Civil Veterinary Dept. Bombay admin report 1900-1906 - 1900-1906
Year: 1900
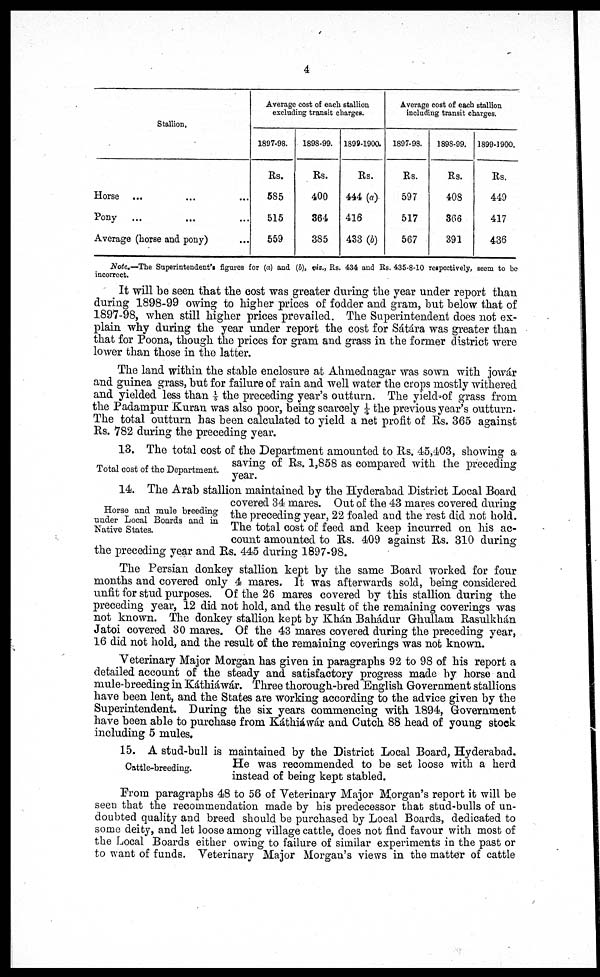
4
Stallion.
Horse ... ... ...
Pony
... ... ...
Average (horse and pony)
Average cost of each stallion
excluding transit charges.
1897-98.
Rs.
585
515
559
1898-99.
Rs.
400
364
385
1899-1900.
Rs.
444 (a)
416
433 (b)
Average cost of each stallion
including transit charges.
1897-98.
Rs.
597
517
567
1898-99.
Rs.
408
366
391
1899-1900.
Rs.
449
417
436
Note.—The Superintendent's figures for (a) and (b), viz., Rs. 434 and Rs. 435-8-10 respectively, seem to be
incorrect.
It will be seen that the cost was greater during the year under report than
during 1898-99 owing to higher prices of fodder and gram, but below that of
1897-98, when still higher prices prevailed. The Superintendent does not ex-
plain why during the year under report the cost for Sátára was greater than
that for Poona, though the prices for gram and grass in the former district were
lower than those in the latter.
The land within the stable enclosure at Ahmednagar was sown with jowár
and guinea grass, but for failure of rain and well water the crops mostly withered
and yielded less than 1/5 the preceding year's outturn. The yield of grass from
the Padampur Kuran was also poor, being scarcely ¼ the previous year's outturn.
The total outturn has been calculated to yield a net profit of Rs. 365 against
Rs. 782 during the preceding year.
Total cost of the Department.
13. The total cost of the Department amounted to Rs. 45,403, showing a
saving of Rs. 1,858 as compared with the preceding
year.
Horse and mule breeding
under Local Boards and in
Native States.
14. The Arab stallion maintained by the Hyderabad District Local Board
covered 34 mares. Out of the 43 mares covered during
the preceding year, 22 foaled and the rest did not hold.
The total cost of feed and keep incurred on his ac-
count amounted to Rs. 409 against Rs. 310 during
the preceding year and Rs. 445 during 1897-98.
The Persian donkey stallion kept by the same Board worked for four
months and covered only 4 mares. It was afterwards sold, being considered
unfit for stud purposes. Of the 26 mares covered by this stallion during the
preceding year, 12 did not hold, and the result of the remaining coverings was
not known. The donkey stallion kept by Khán Bahádur Ghullam Rasulkhán
Jatoi covered 30 mares. Of the 43 mares covered during the preceding year,
16 did not hold, and the result of the remaining coverings was not known.
Veterinary Major Morgan has given in paragraphs 92 to 98 of his report a
detailed account of the steady and satisfactory progress made by horse and
mule-breeding in Káthiáwár. Three thorough-bred English Government stallions
have been lent, and the States are working according to the advice given by the
Superintendent. During the six years commencing with 1894, Government
have been able to purchase from Káthiáwár and Cutch 88 head of young stock
including 5 mules.
Cattle-breeding.
15. A stud-bull is maintained by the District Local Board, Hyderabad.
He was recommended to be set loose with a herd
instead of being kept stabled.
From paragraphs 48 to 56 of Veterinary Major Morgan's report it will be
seen that the recommendation made by his predecessor that stud-bulls of un-
doubted quality and breed should be purchased by Local Boards, dedicated to
some deity, and let loose among village cattle, does not find favour with most of
the Local Boards either owing to failure of similar experiments in the past or
to want of funds. Veterinary Major Morgan's views in the matter of cattle